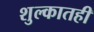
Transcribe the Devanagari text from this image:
शुल्कातही